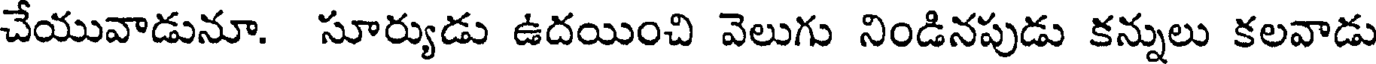
చేయువాడునూ. సూర్యుడు ఉదయించి వెలుగు నిండినపుడు కన్నులు కలవాడు